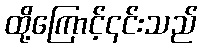
ထို့ကြောင့်၎င်းသည်